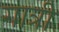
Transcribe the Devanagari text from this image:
गात्री